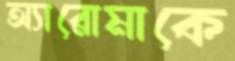
অ্যারোমাকে